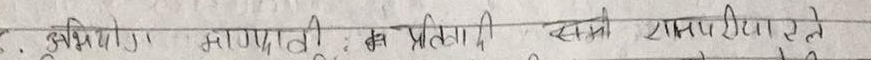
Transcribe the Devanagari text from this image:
३. अभियो सोधपुछको लागि झिकाएर लैजाने तयारी रहेछ।